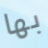
بها